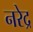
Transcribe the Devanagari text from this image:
नरेद्र